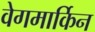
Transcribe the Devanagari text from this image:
वेगमार्किन